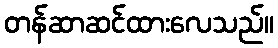
တန်ဆာဆင်ထားလေသည်။